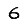
Digit: 6